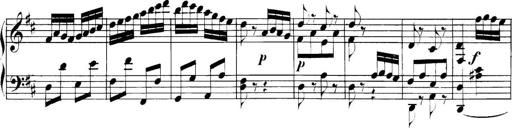
Title: Collected Piano Sonatas
Composer: Muzio Clementi